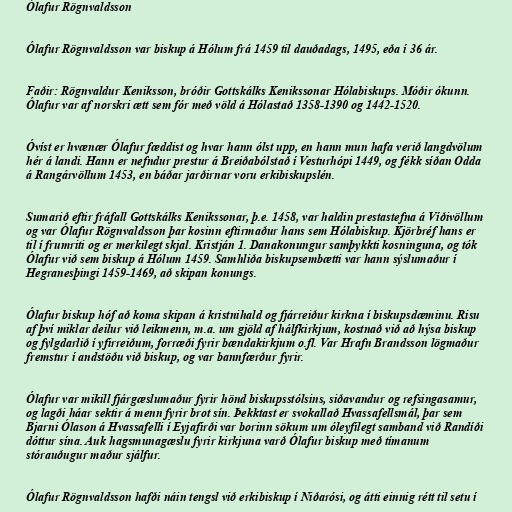
Ólafur Rögnvaldsson

Ólafur Rögnvaldsson var biskup á Hólum frá 1459 til dauðadags, 1495, eða í 36 ár.

Faðir: Rögnvaldur Keniksson, bróðir Gottskálks Kenikssonar Hólabiskups. Móðir ókunn.
Ólafur var af norskri ætt sem fór með völd á Hólastað 1358-1390 og 1442-1520.

Óvíst er hvænær Ólafur fæddist og hvar hann ólst upp, en hann mun hafa verið langdvölum
hér á landi. Hann er nefndur prestur á Breiðabólstað í Vesturhópi 1449, og fékk síðan Odda
á Rangárvöllum 1453, en báðar jarðirnar voru erkibiskupslén.

Sumarið eftir fráfall Gottskálks Kenikssonar, þ.e. 1458, var haldin prestastefna á Víðivöllum
og var Ólafur Rögnvaldsson þar kosinn eftirmaður hans sem Hólabiskup. Kjörbréf hans er
til í frumriti og er merkilegt skjal. Kristján 1. Danakonungur samþykkti kosninguna, og tók
Ólafur við sem biskup á Hólum 1459. Samhliða biskupsembætti var hann sýslumaður í
Hegranesþingi 1459-1469, að skipan konungs.

Ólafur biskup hóf að koma skipan á kristnihald og fjárreiður kirkna í biskupsdæminu. Risu
af því miklar deilur við leikmenn, m.a. um gjöld af hálfkirkjum, kostnað við að hýsa biskup
og fylgdarlið í yfirreiðum, forræði fyrir bændakirkjum o.fl. Var Hrafn Brandsson lögmaður
fremstur í andstöðu við biskup, og var bannfærður fyrir.

Ólafur var mikill fjárgæslumaður fyrir hönd biskupsstólsins, siðavandur og refsingasamur,
og lagði háar sektir á menn fyrir brot sín. Þekktast er svokallað Hvassafellsmál, þar sem
Bjarni Ólason á Hvassafelli í Eyjafirði var borinn sökum um óleyfilegt samband við Randíði
dóttur sína. Auk hagsmunagæslu fyrir kirkjuna varð Ólafur biskup með tímanum
stórauðugur maður sjálfur.

Ólafur Rögnvaldsson hafði náin tengsl við erkibiskup í Niðarósi, og átti einnig rétt til setu í